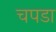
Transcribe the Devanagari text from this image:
चपडा